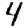
Digit: 4